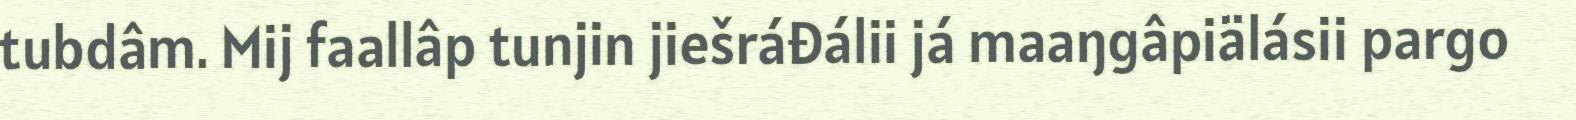
tubdâm. Mij faallâp tunjin jiešráđálii já maaŋgâpiälásii pargo